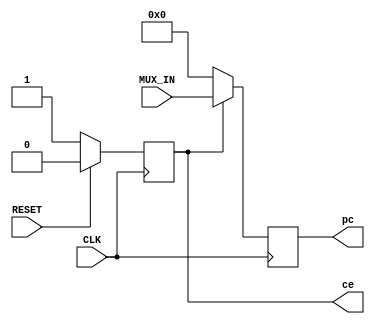
`timescale 1ns / 1ps
//////////////////////////////////////////////////////////////////////////////////
// Design Name: 
// Module Name: PC_Register
// Project Name: SingleCycleRISC
// Target Devices: 
// Tool Versions: 
// Description: 
//
// Additional Comments:
// PC register keeps track of memory address for the next instruction to be executed.
//////////////////////////////////////////////////////////////////////////////////

module PC_Register(
    input wire CLK,             // Clock input
    input wire RESET,           // Reset input
    input [31:0] MUX_IN,        // MUX input for branch target address
    output reg [31:0] pc,       // Program counter output
    output reg ce               // Clock Enable signal for ROM
);

    always @(posedge CLK) begin
        if (RESET == 1'b1) begin// If Reset is HIGH
            ce <= 1'b0;         // Disable Clock Enable signal
        end else begin          // else
            ce <= 1'b1;         // Enable Clock Enable signal
        end
    end        
        
    always @(posedge CLK) begin
        if (ce == 1'b0) begin // If Clock Enable is 0
            pc <= 32'h00;     // Fill PC reg with 0s
        end else begin        // Else
            pc <= MUX_IN;     // Update PC to branch target
        end
    end
endmodule